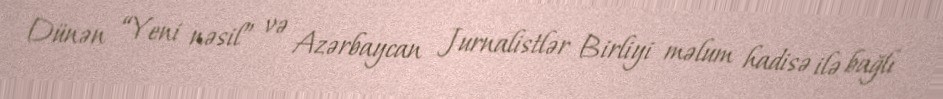
Dünən “Yeni nəsil” və Azərbaycan Jurnalistlər Birliyi məlum hadisə ilə bağlı